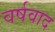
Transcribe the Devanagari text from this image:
वर्षवाद